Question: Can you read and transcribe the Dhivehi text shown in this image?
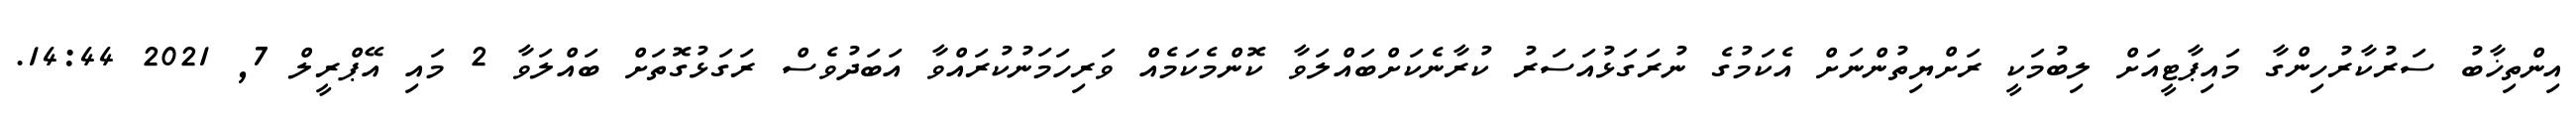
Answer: އިންތިޚާބު ސަރުކާރުހިންގާ މައިޕާޓީއަށް ލިބުމަކީ ރަށްޔިތުންނަށް އެކަމުގެ ނުރަގަޅުއަސަރު ކުރާނެކަށްބައްލަވާ ކޮންމެކަމެއް ވަރިހަމަނުކުރައްވާ އަބަދުވެސް ރަގަޅުގޮތަށް ބައްލަވާ 2 މައި އޭޕްރީލް 7, 2021 14:44.